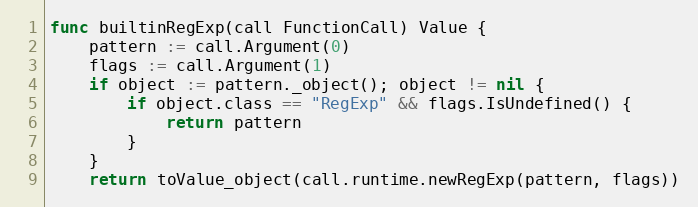
Language: Go
func builtinRegExp(call FunctionCall) Value {
	pattern := call.Argument(0)
	flags := call.Argument(1)
	if object := pattern._object(); object != nil {
		if object.class == "RegExp" && flags.IsUndefined() {
			return pattern
		}
	}
	return toValue_object(call.runtime.newRegExp(pattern, flags))